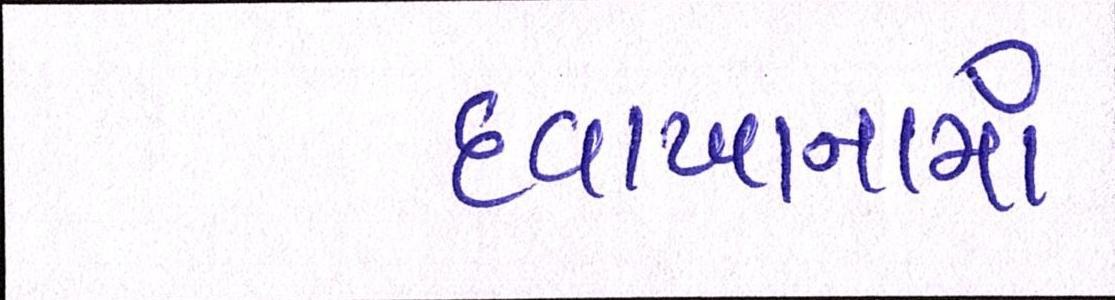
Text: દવાખાનામાં